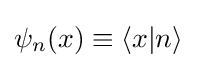
\psi _{n}(x)\equiv \langle x|n\rangle